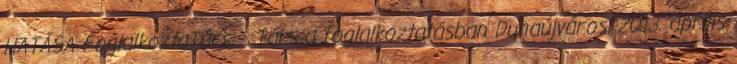
HATÁSA FoglalkoztaTárs – Társ a foglalkoztatásban Dunaújváros, 2013. április